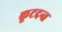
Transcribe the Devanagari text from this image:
कूटदन्त